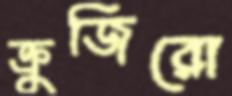
ক্রুজিরো